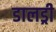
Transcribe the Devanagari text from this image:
डालड्री